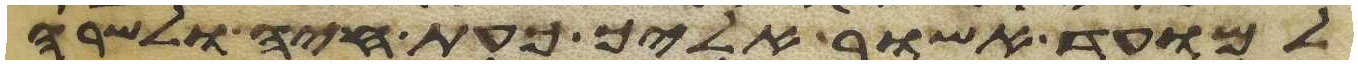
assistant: למועד אשוב אליך כעת חיה ולשרה